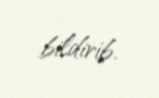
bildirib.